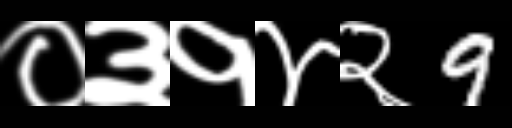
Text: ०३१४२9